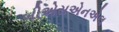
બીએસએનએલ